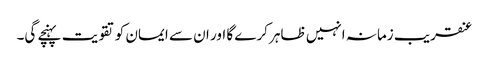
عنقریب زمانہ انہیں ظاہر کرے گا اور ان سے ایمان کو تقویت پہنچے گی۔